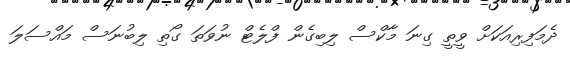
ދެމަފިރިއަކަށް ވީތީ ގިނަ މާކްސް ލިބިގެން ފްލެޓް ނުވަތަ ގޯތި ލިބުނަސް މައްސަލަ